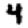
Digit: 4